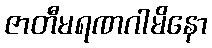
ဇာတီမရဏဂါမိနော